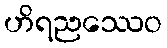
ဟိရညဿေဝ